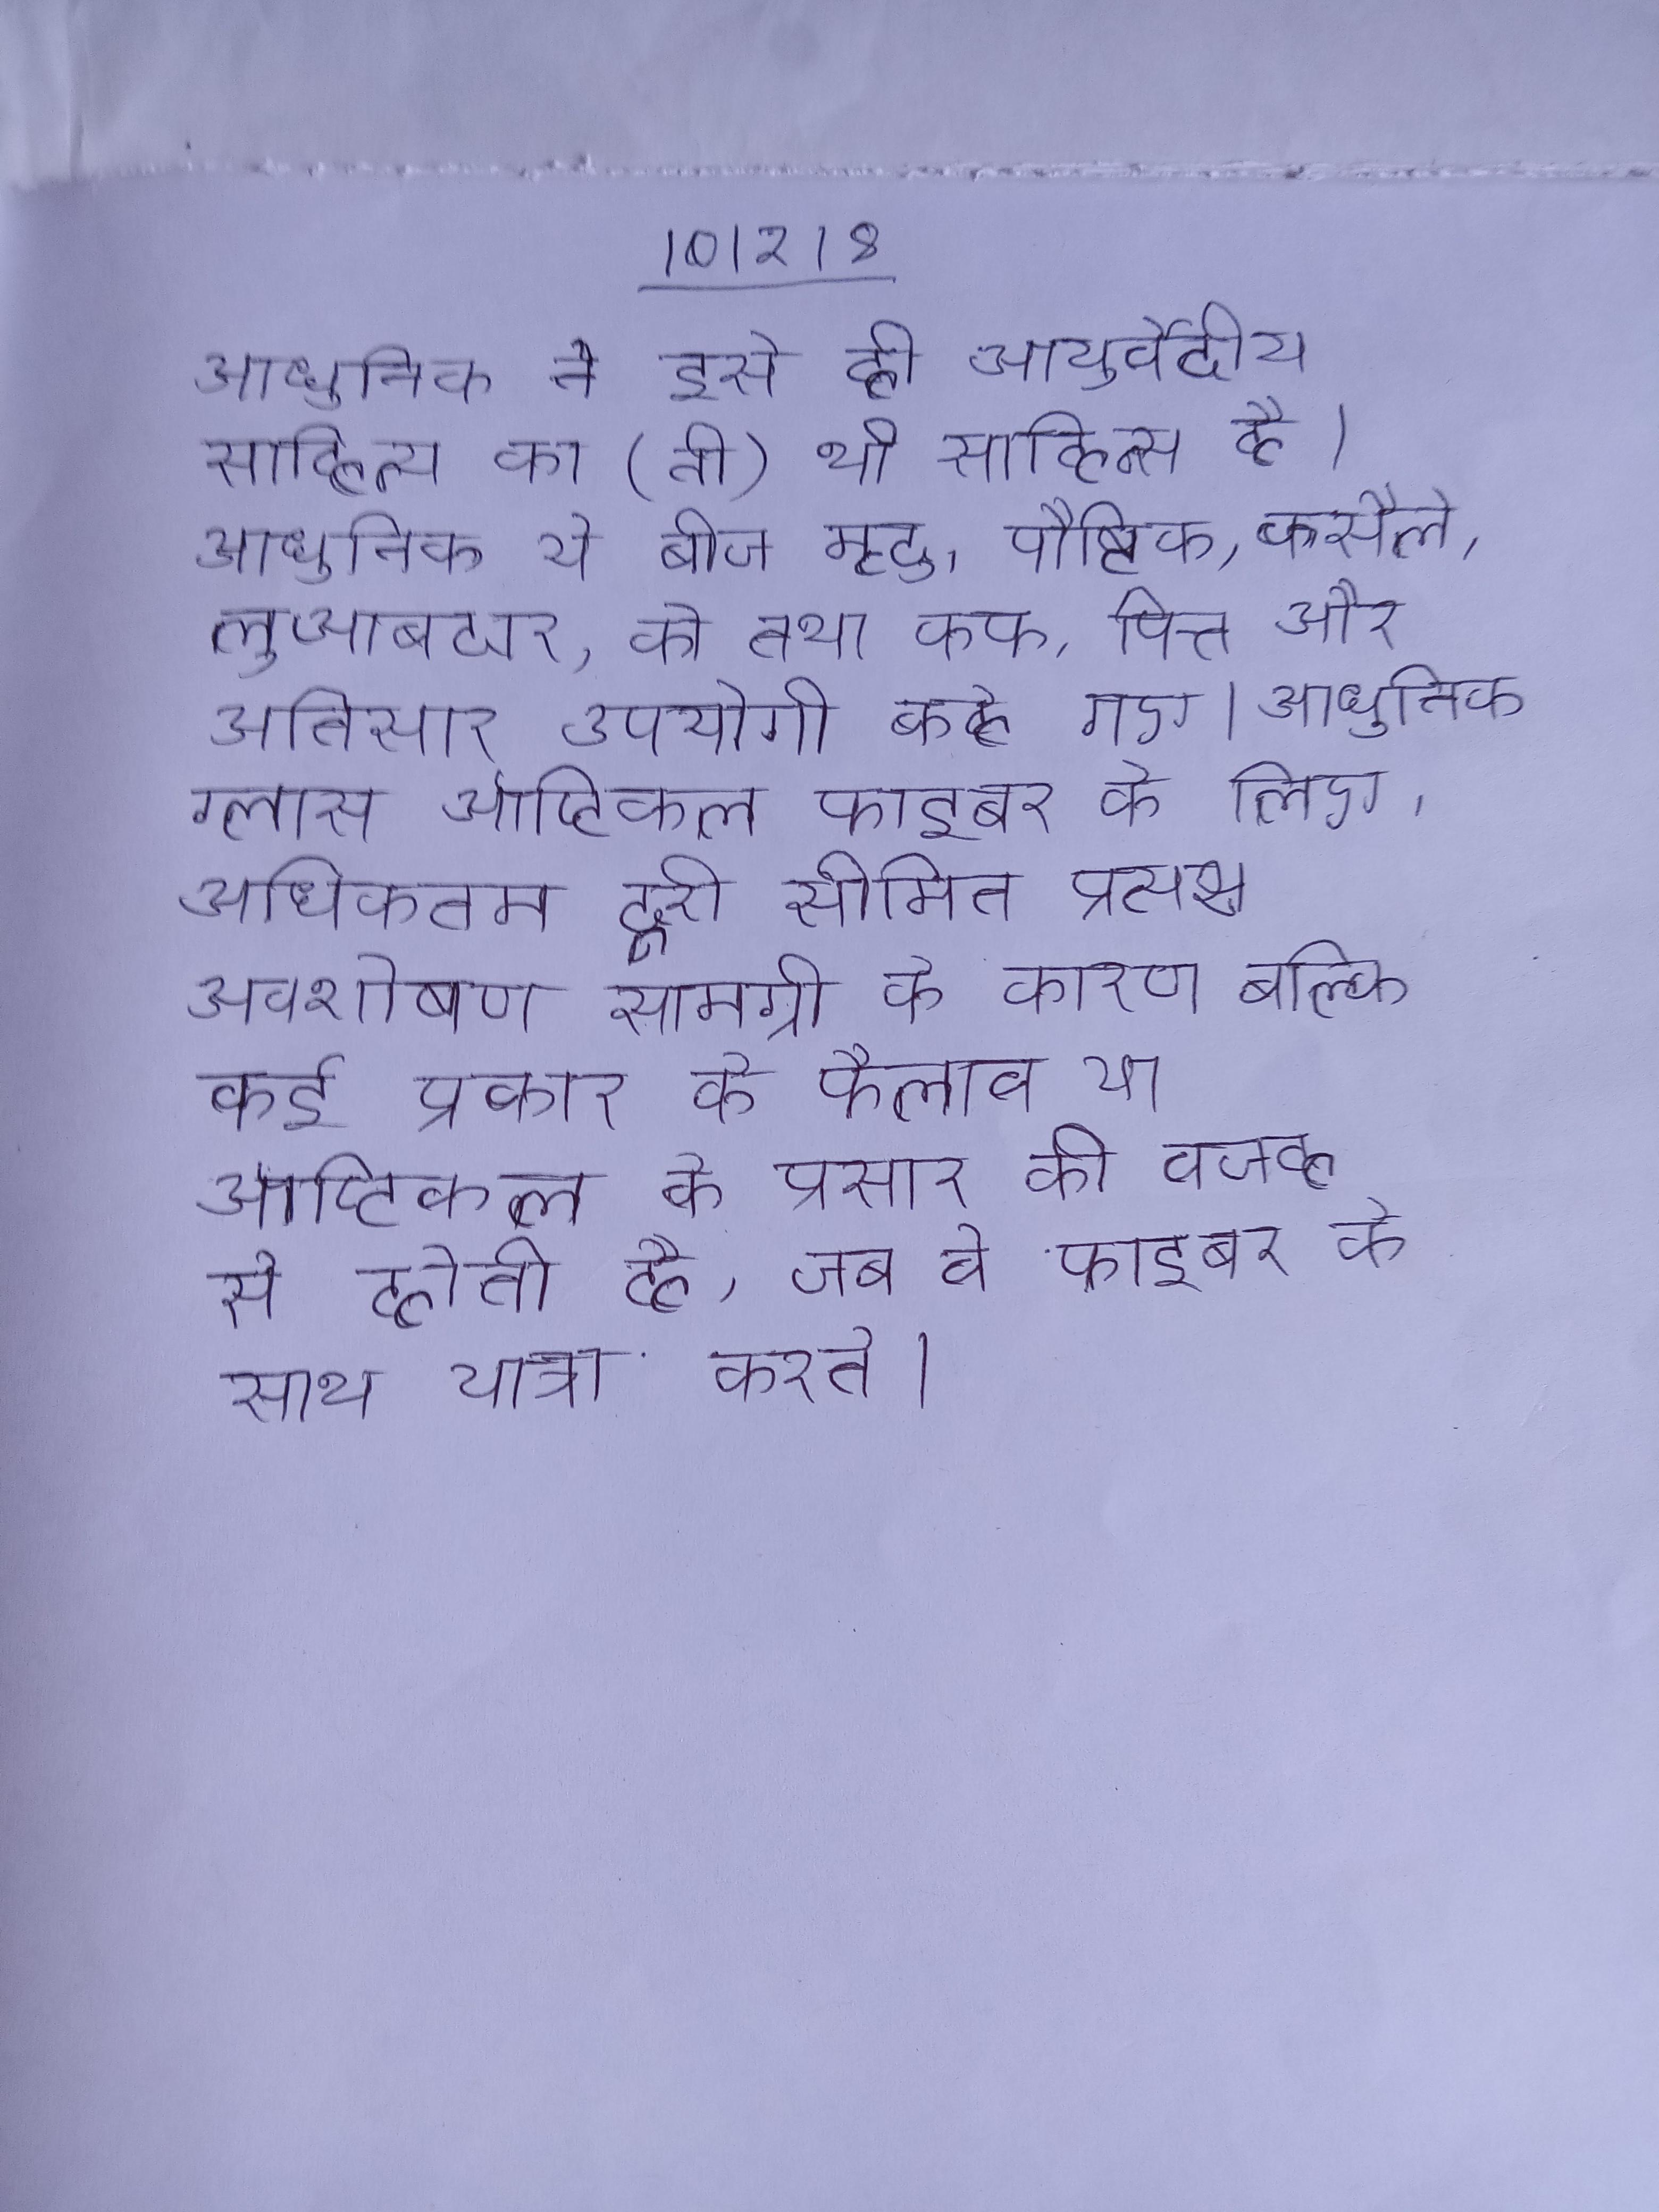
आधुनिक ने इसे ही आयुर्वेदीय साहित्य का (ती) भी लिखा है । आधुनिक ये बीज मृदु, पौष्टिक, कसैले, लुआबदार, को तथा कफ, पित्त और अतिसार उपयोगी कहे गए । आधुनिक ग्लास ऑप्टिकल फाइबर के लिए, अधिकतम दूरी सीमित प्रत्यक्ष अवशोषण सामग्री के कारण बल्कि कई प्रकार के फैलाव या ऑप्टिकल के प्रसार की वजह से होती है, जब वे फाइबर के साथ यात्रा करते ।